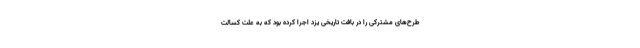
طرح‌های مشترکی را در بافت تاریخی یزد اجرا کرده بود که به علت کسالت